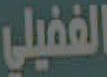
الغفيلي